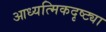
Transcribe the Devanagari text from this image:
आध्यत्मिकदृष्ट्या